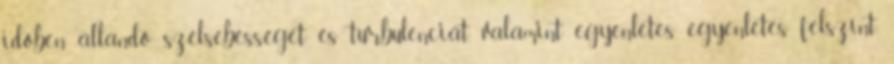
időben állandó szélsebességet és turbulenciát, valamint egyenletes egyenletes felszínt